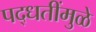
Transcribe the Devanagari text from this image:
पद्धतींमुळे